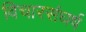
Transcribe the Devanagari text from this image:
विचारसंघर्ष